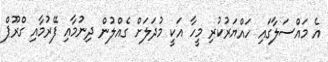
އެ މައްސަލާގައި ހައްޔަރުކުރި މީހާ އަކީ މުދަލަށް ގެއްލުން ދިނުމާއި ފޭރުމާއި ގްރޫޕް